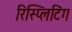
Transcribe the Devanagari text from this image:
रिस्प्लिटिंग